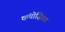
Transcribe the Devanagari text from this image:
कंपोज़िशन